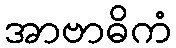
အာဗာဓိကံ